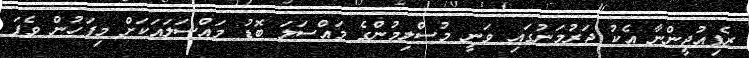
ރެފިއުޖީންނާ އެކު ޖަރުމަނުގައި ވަނީ މުސްލިމުންގެ މައްސަލަ ބޮޑު މައްސަލައަކަށް މިފަހުން ވެފަ